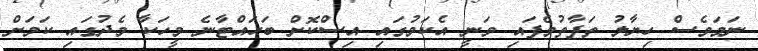
ނަމަވެސް ހިޔާލު ތަފާތުވެފައި ވަނީ އެކަމުގައި އިސްކޮށް ބަހައްޓާނެ މީހަކާ މެދުގައި ކަމަށް